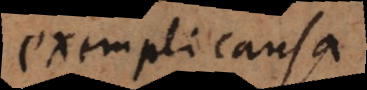
exempli causa